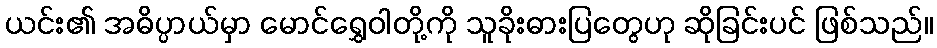
ယင်း၏ အဓိပ္ပာယ်မှာ မောင်ရွှေဝါတို့ကို သူခိုးဓားပြတွေဟု ဆိုခြင်းပင် ဖြစ်သည်။